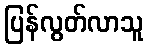
ပြန်လွတ်လာသူ